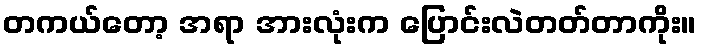
တကယ်တော့ အရာ အားလုံးက ပြောင်းလဲတတ်တာကိုး။